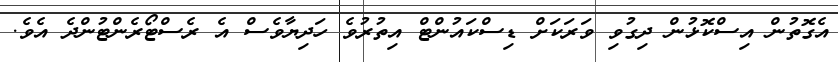
އެގޮތުން އިސްކޮޅުން ދިގުވި ވަރަކަށް ޑިސްކައުންޓް އިތުރުވެ ހަދިޔާވެސް އެ ރެސްޓޯރެންޓުންދެ އެވެ.